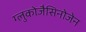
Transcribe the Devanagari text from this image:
ग्लुकोजैसिनोजेन